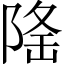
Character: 𨺚